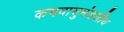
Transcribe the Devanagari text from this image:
कमवायुमंडलीय